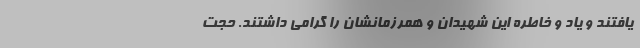
یافتند و یاد و خاطره این شهیدان و همرزمانشان را گرامی داشتند. حجت